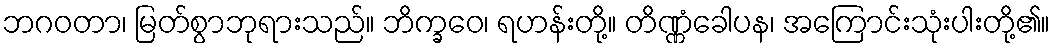
ဘဂဝတာ၊ မြတ်စွာဘုရားသည်။ ဘိက္ခဝေ၊ ရဟန်းတို့။ တိဏ္ဏံခေါပန၊ အကြောင်းသုံးပါးတို့၏။